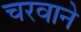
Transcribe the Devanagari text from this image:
चरवाने